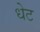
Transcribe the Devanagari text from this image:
धेट